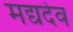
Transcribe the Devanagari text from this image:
मद्यदेव